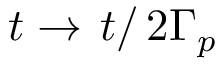
t \rightarrow \left. t \right/ 2 \Gamma _ { p }